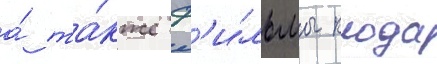
а́ та́кже ф'и́льмы клода